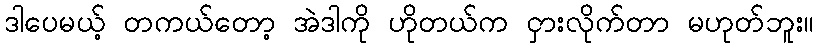
ဒါပေမယ့် တကယ်တော့ အဲဒါကို ဟိုတယ်က ငှားလိုက်တာ မဟုတ်ဘူး။